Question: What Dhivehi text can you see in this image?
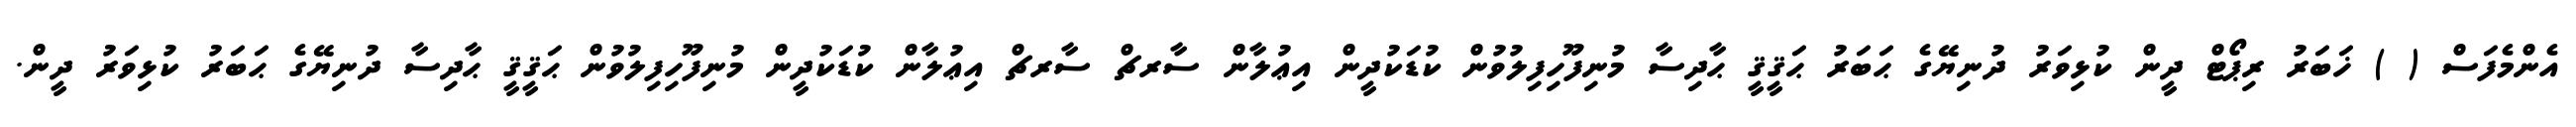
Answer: އެންމެފަސް ( ) ޚަބަރު ރިޕޯޓް ދީން ކުޅިވަރު ދުނިޔޭގެ ޙަބަރު ޙަޤީޤީ ޙާދިސާ މުނިފޫހިފިލުވުން ކުޑަކުދީން އިޢުލާން ސާރޗް ސާރޗް އިޢުލާން ކުޑަކުދީން މުނިފޫހިފިލުވުން ޙަޤީޤީ ޙާދިސާ ދުނިޔޭގެ ޙަބަރު ކުޅިވަރު ދީން.